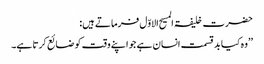
حضرت خلیفۃ المسیح الاوّل فرماتے ہیں:
’’وہ کیا بد قسمت انسان ہے جو اپنے وقت کو ضائع کرتا ہے۔